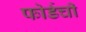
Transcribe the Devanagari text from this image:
फोर्डची